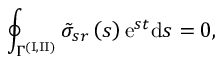
\oint _ { \Gamma ^ { ( \mathrm { I , I I } ) } } \tilde { \sigma } _ { s r } \left( s \right) \mathrm { e } ^ { s t } \mathrm { d } s = 0 ,